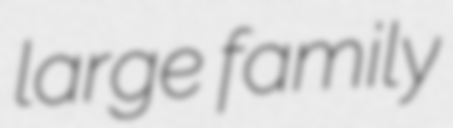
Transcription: large family